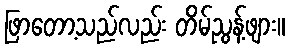
ဖြာတော့သည်လည်း တိမ်ညွန့်ဖျား။